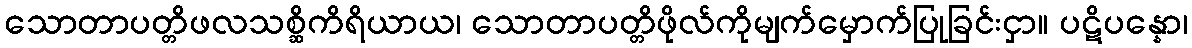
သောတာပတ္တိဖလသစ္ဆိကိရိယာယ၊ သောတာပတ္တိဖိုလ်ကိုမျက်မှောက်ပြုခြင်းငှာ။ ပဋိပန္နော၊